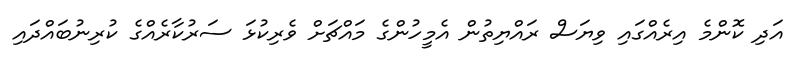
އަދި ކޮންމެ އިރެއްގައި ވިޔަސް ރައްޔިތުން އެމީހުންގެ މައްޗަށް ވެރިކުޅަ ސަރުކާރެއްގެ ކުރިނުބައްދައި